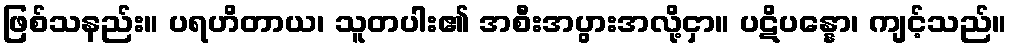
ဖြစ်သနည်း။ ပရဟိတာယ၊ သူတပါး၏ အစီးအပွားအလို့ငှာ။ ပဋိပန္နော၊ ကျင့်သည်။